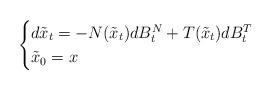
LaTeX: \begin{align*}\begin{cases}d\tilde{x}_t=-N(\tilde{x}_t)dB_t^N+T(\tilde{x}_t)dB_t^T \\\tilde{x}_0=x\end{cases}\end{align*}